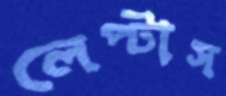
লেপ্‌টাস